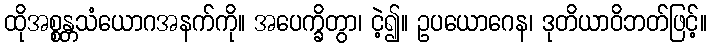
ထိုအစ္စန္တသံယောဂအနက်ကို။ အပေက္ခိတွာ၊ ငဲ့၍။ ဥပယောဂေန၊ ဒုတိယာဝိဘတ်ဖြင့်။